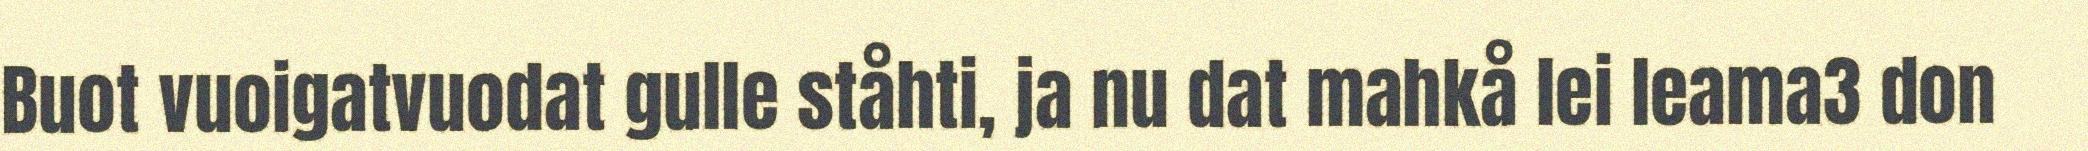
Buot vuoigatvuodat gulle ståhti, ja nu dat mahkå lei leama3 don